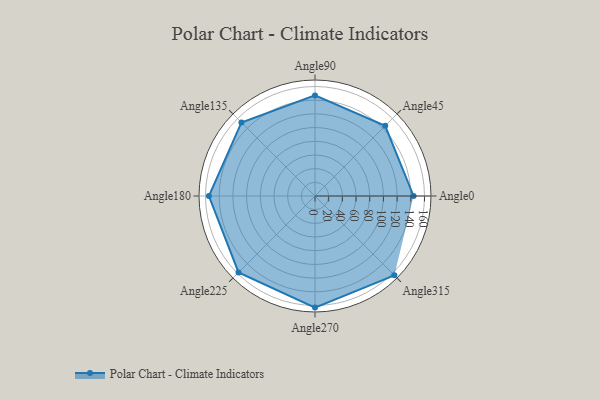
{"axis": {"x": "Angle", "y": "Radius"}, "legend": [""], "data": [{"x": "Angle0", "y": 144.0, "type": ""}, {"x": "Angle45", "y": 145.0, "type": ""}, {"x": "Angle90", "y": 147.0, "type": ""}, {"x": "Angle135", "y": 152.0, "type": ""}, {"x": "Angle180", "y": 155.0, "type": ""}, {"x": "Angle225", "y": 158.0, "type": ""}, {"x": "Angle270", "y": 163.0, "type": ""}, {"x": "Angle315", "y": 164.0, "type": ""}]}